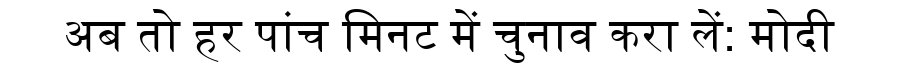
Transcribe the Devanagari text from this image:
अब तो हर पांच मिनट में चुनाव करा लें: मोदी